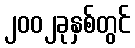
၂၀၀၂ခုနှစ်တွင်